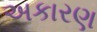
અકારણ